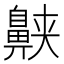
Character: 𱌕